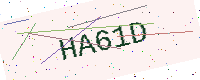
Text: HA61D